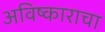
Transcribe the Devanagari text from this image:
अविष्काराचा